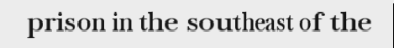
prison in the southeast of the